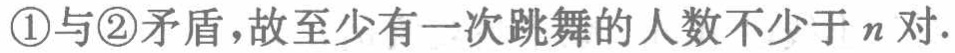
\textcircled{1}与\textcircled{2}矛盾，故至少有一次跳舞的人数不少于 \(n\) 对.